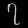
Digit: ၇